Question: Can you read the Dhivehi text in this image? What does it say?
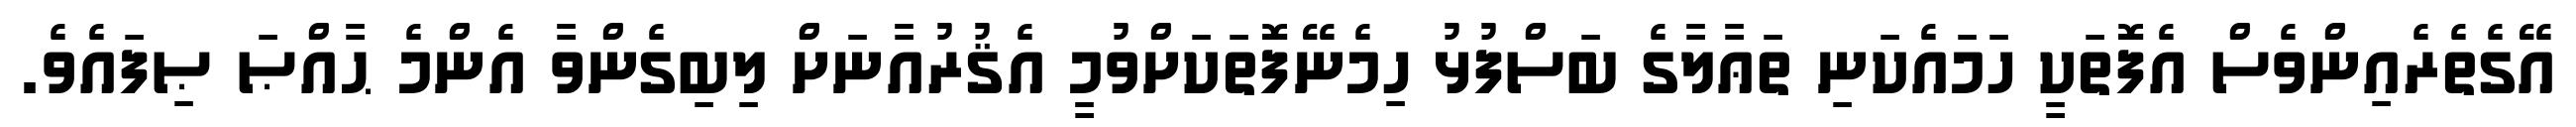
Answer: އޭގެތެރެއިންވެސް އެފޮތަކީ ހަމައެކަނި ތަޢާލާގެ ބަސްފުޅު ހިމެނޭފޮތަކަށްވުމީ އެޤުރުއާނަށް ލިބިގެންވާ އެންމެ ޙާއްޞަ ޞިފައެވެ.